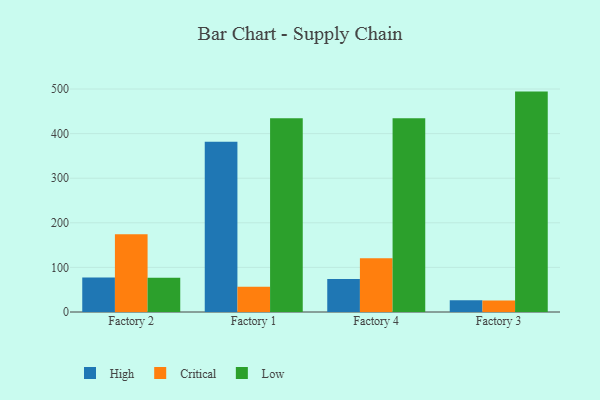
{"axis": {"x": "Factory", "y": "Tickets Resolved"}, "legend": ["Critical", "High", "Low"], "data": [{"x": "Factory 2", "y": 77.5, "type": "High"}, {"x": "Factory 2", "y": 174.1, "type": "Critical"}, {"x": "Factory 2", "y": 76.9, "type": "Low"}, {"x": "Factory 1", "y": 381.6, "type": "High"}, {"x": "Factory 1", "y": 56.4, "type": "Critical"}, {"x": "Factory 1", "y": 434.3, "type": "Low"}, {"x": "Factory 4", "y": 74.0, "type": "High"}, {"x": "Factory 4", "y": 120.5, "type": "Critical"}, {"x": "Factory 4", "y": 434.3, "type": "Low"}, {"x": "Factory 3", "y": 26.3, "type": "High"}, {"x": "Factory 3", "y": 25.8, "type": "Critical"}, {"x": "Factory 3", "y": 494.2, "type": "Low"}]}